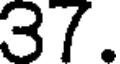
37.